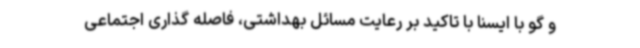
و گو با ایسنا با تاکید بر رعایت مسائل بهداشتی، فاصله گذاری اجتماعی